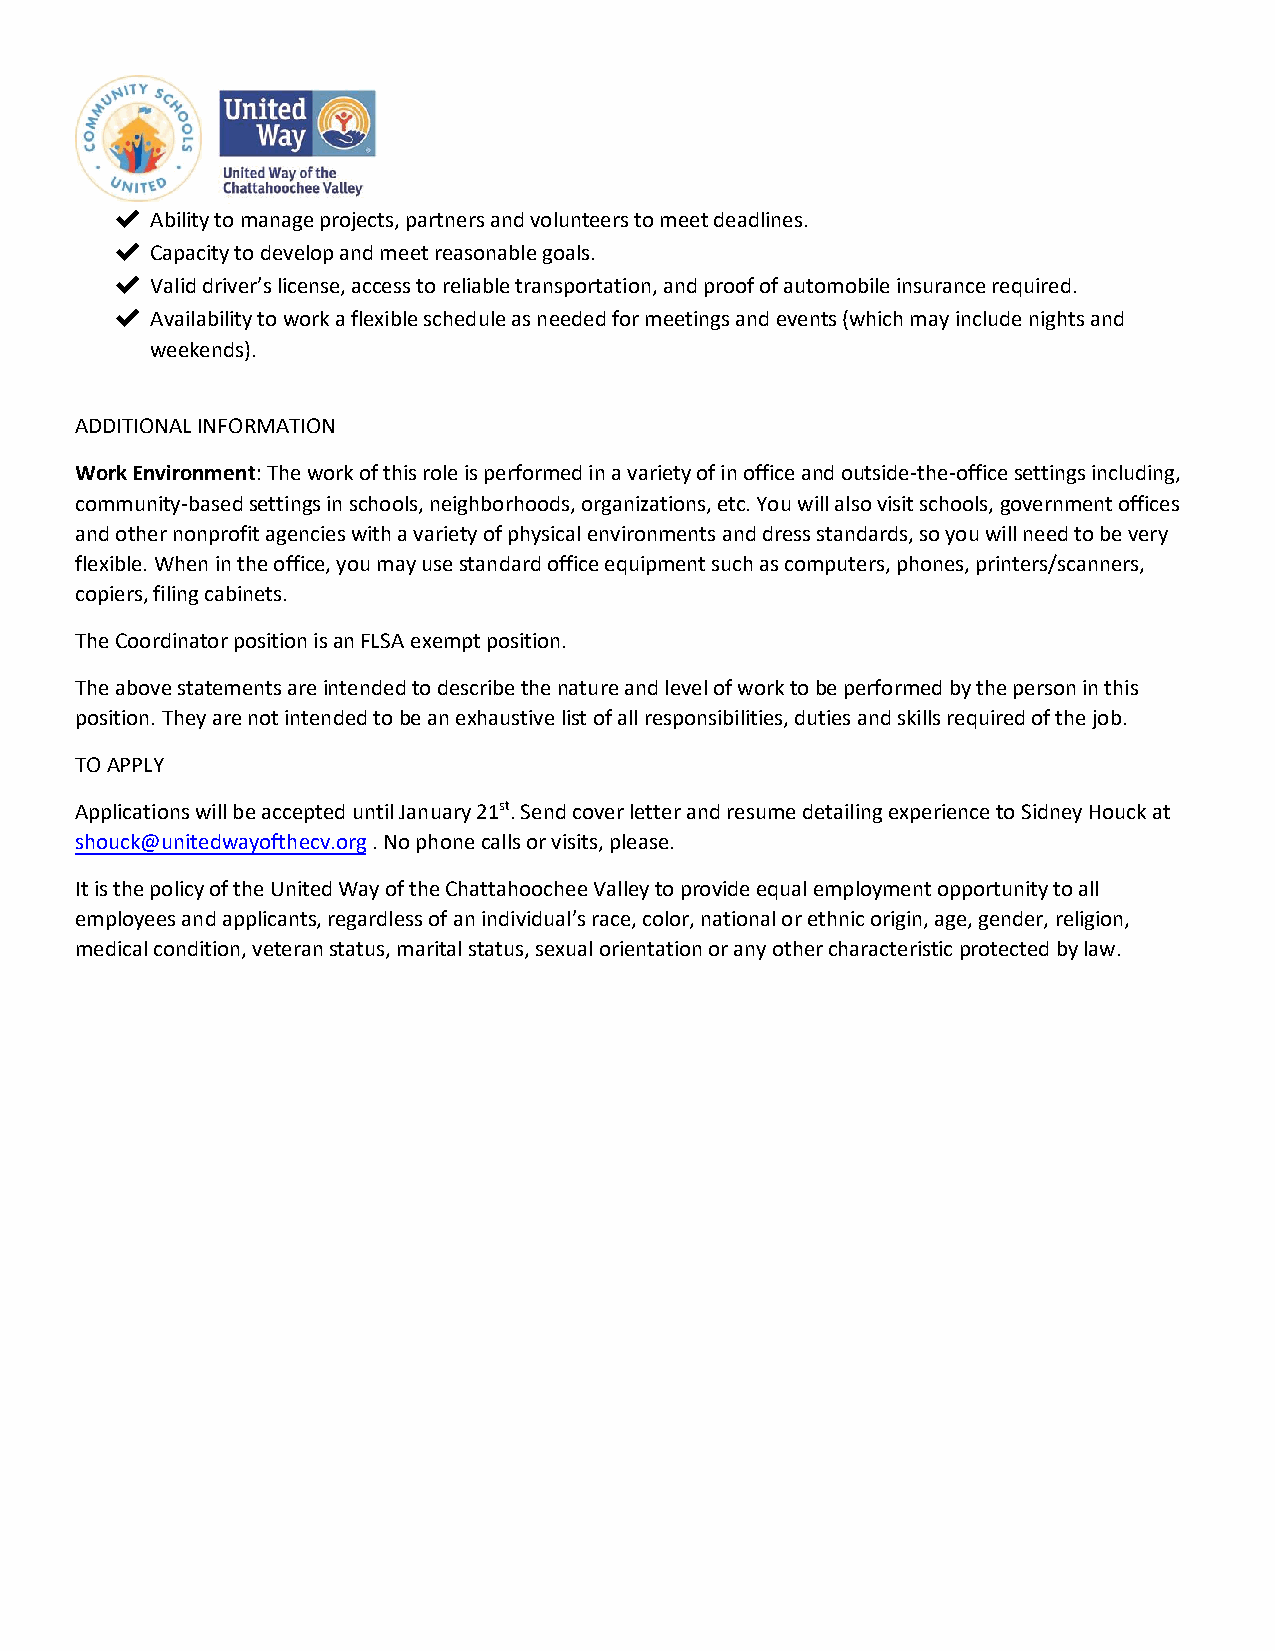
✔Ability to manage projects, partners and volunteers to meet deadlines.
 ✔Capacity to develop and meet reasonable goals.
 ✔Valid driver’s license, access to reliable transportation, and proof of automobile insurance required.
 ✔Availability to work a flexible schedule as needed for meetings and events (which may include nights and
 weekends).
 ADDITIONAL INFORMATION
 Work Environment: The work of this role is performed in a variety of in office and outside-the-office settings including,
 community-based settings in schools, neighborhoods, organizations, etc. You will also visit schools, government offices
 and other nonprofit agencies with a variety of physical environments and dress standards, so you will need to be very
 flexible. When in the office, you may use standard office equipment such as computers, phones, printers/scanners,
 copiers, filing cabinets.
 The Coordinator position is an FLSA exempt position.
 The above statements are intended to describe the nature and level of work to be performed by the person in this
 position. They are not intended to be an exhaustive list of all responsibilities, duties and skills required of the job.
 TO APPLY
 Applications will be accepted until January 21st. Send cover letter and resume detailing experience to Sidney Houck at
 shouck@unitedwayofthecv.org . No phone calls or visits, please.
 It is the policy of the United Way of the Chattahoochee Valley to provide equal employment opportunity to all
 employees and applicants, regardless of an individual’s race, color, national or ethnic origin, age, gender, religion,
 medical condition, veteran status, marital status, sexual orientation or any other characteristic protected by law.